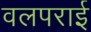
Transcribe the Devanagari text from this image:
वलपराई